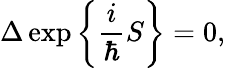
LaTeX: \Delta\exp\bigg\{ \frac{i}{\hbar}S\bigg\} =0,